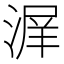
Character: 𰜣